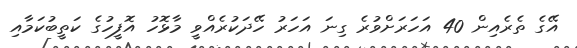
އޭގެ ތެރެއިން 40 އަހަރަށްވުރެ ގިނަ އަހަރު ހޭދަކުރެއްވީ މާޅޮހު އޮފީހުގެ ކަތީބުކަމާއި